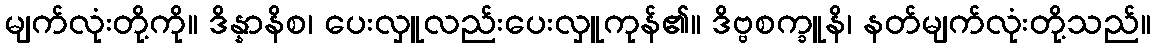
မျက်လုံးတို့ကို။ ဒိန္နာနိစ၊ ပေးလှူလည်းပေးလှူကုန်၏။ ဒိဗ္ဗစက္ခူနိ၊ နတ်မျက်လုံးတို့သည်။